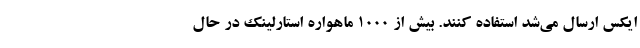
ایکس ارسال می‌شد استفاده کنند. بیش از ۱۰۰۰ ماهواره استارلینک در حال